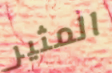
المثير